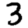
Digit: 3